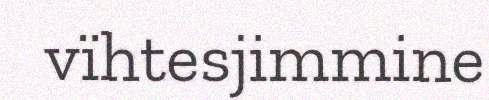
vïhtesjimmine